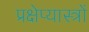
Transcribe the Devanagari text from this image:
प्रक्षेप्यास्त्रों